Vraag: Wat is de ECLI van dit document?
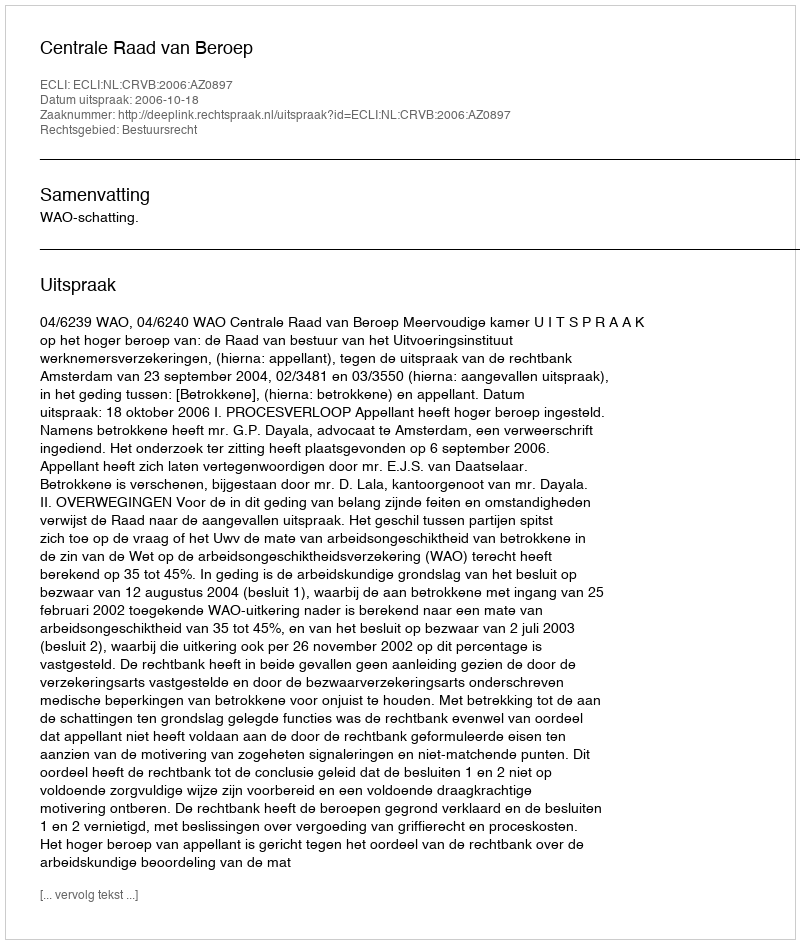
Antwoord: ECLI:NL:CRVB:2006:AZ0897